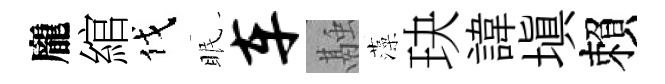
龐綰伐眠车融藻玦諱填賴